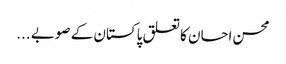
محسن احسان کا تعلق پاکستان کے صوبے ...